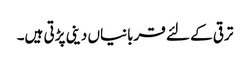
ترقی کے لئے قربانیاں دینی پڑتی ہیں۔